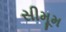
સીમૂમ